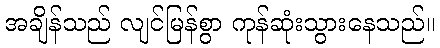
အချိန်သည် လျင်မြန်စွာ ကုန်ဆုံးသွားနေသည်။